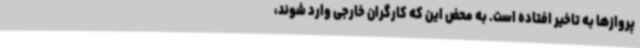
پروازها به تاخیر افتاده است. به محض این که کارگران خارجی وارد شوند،